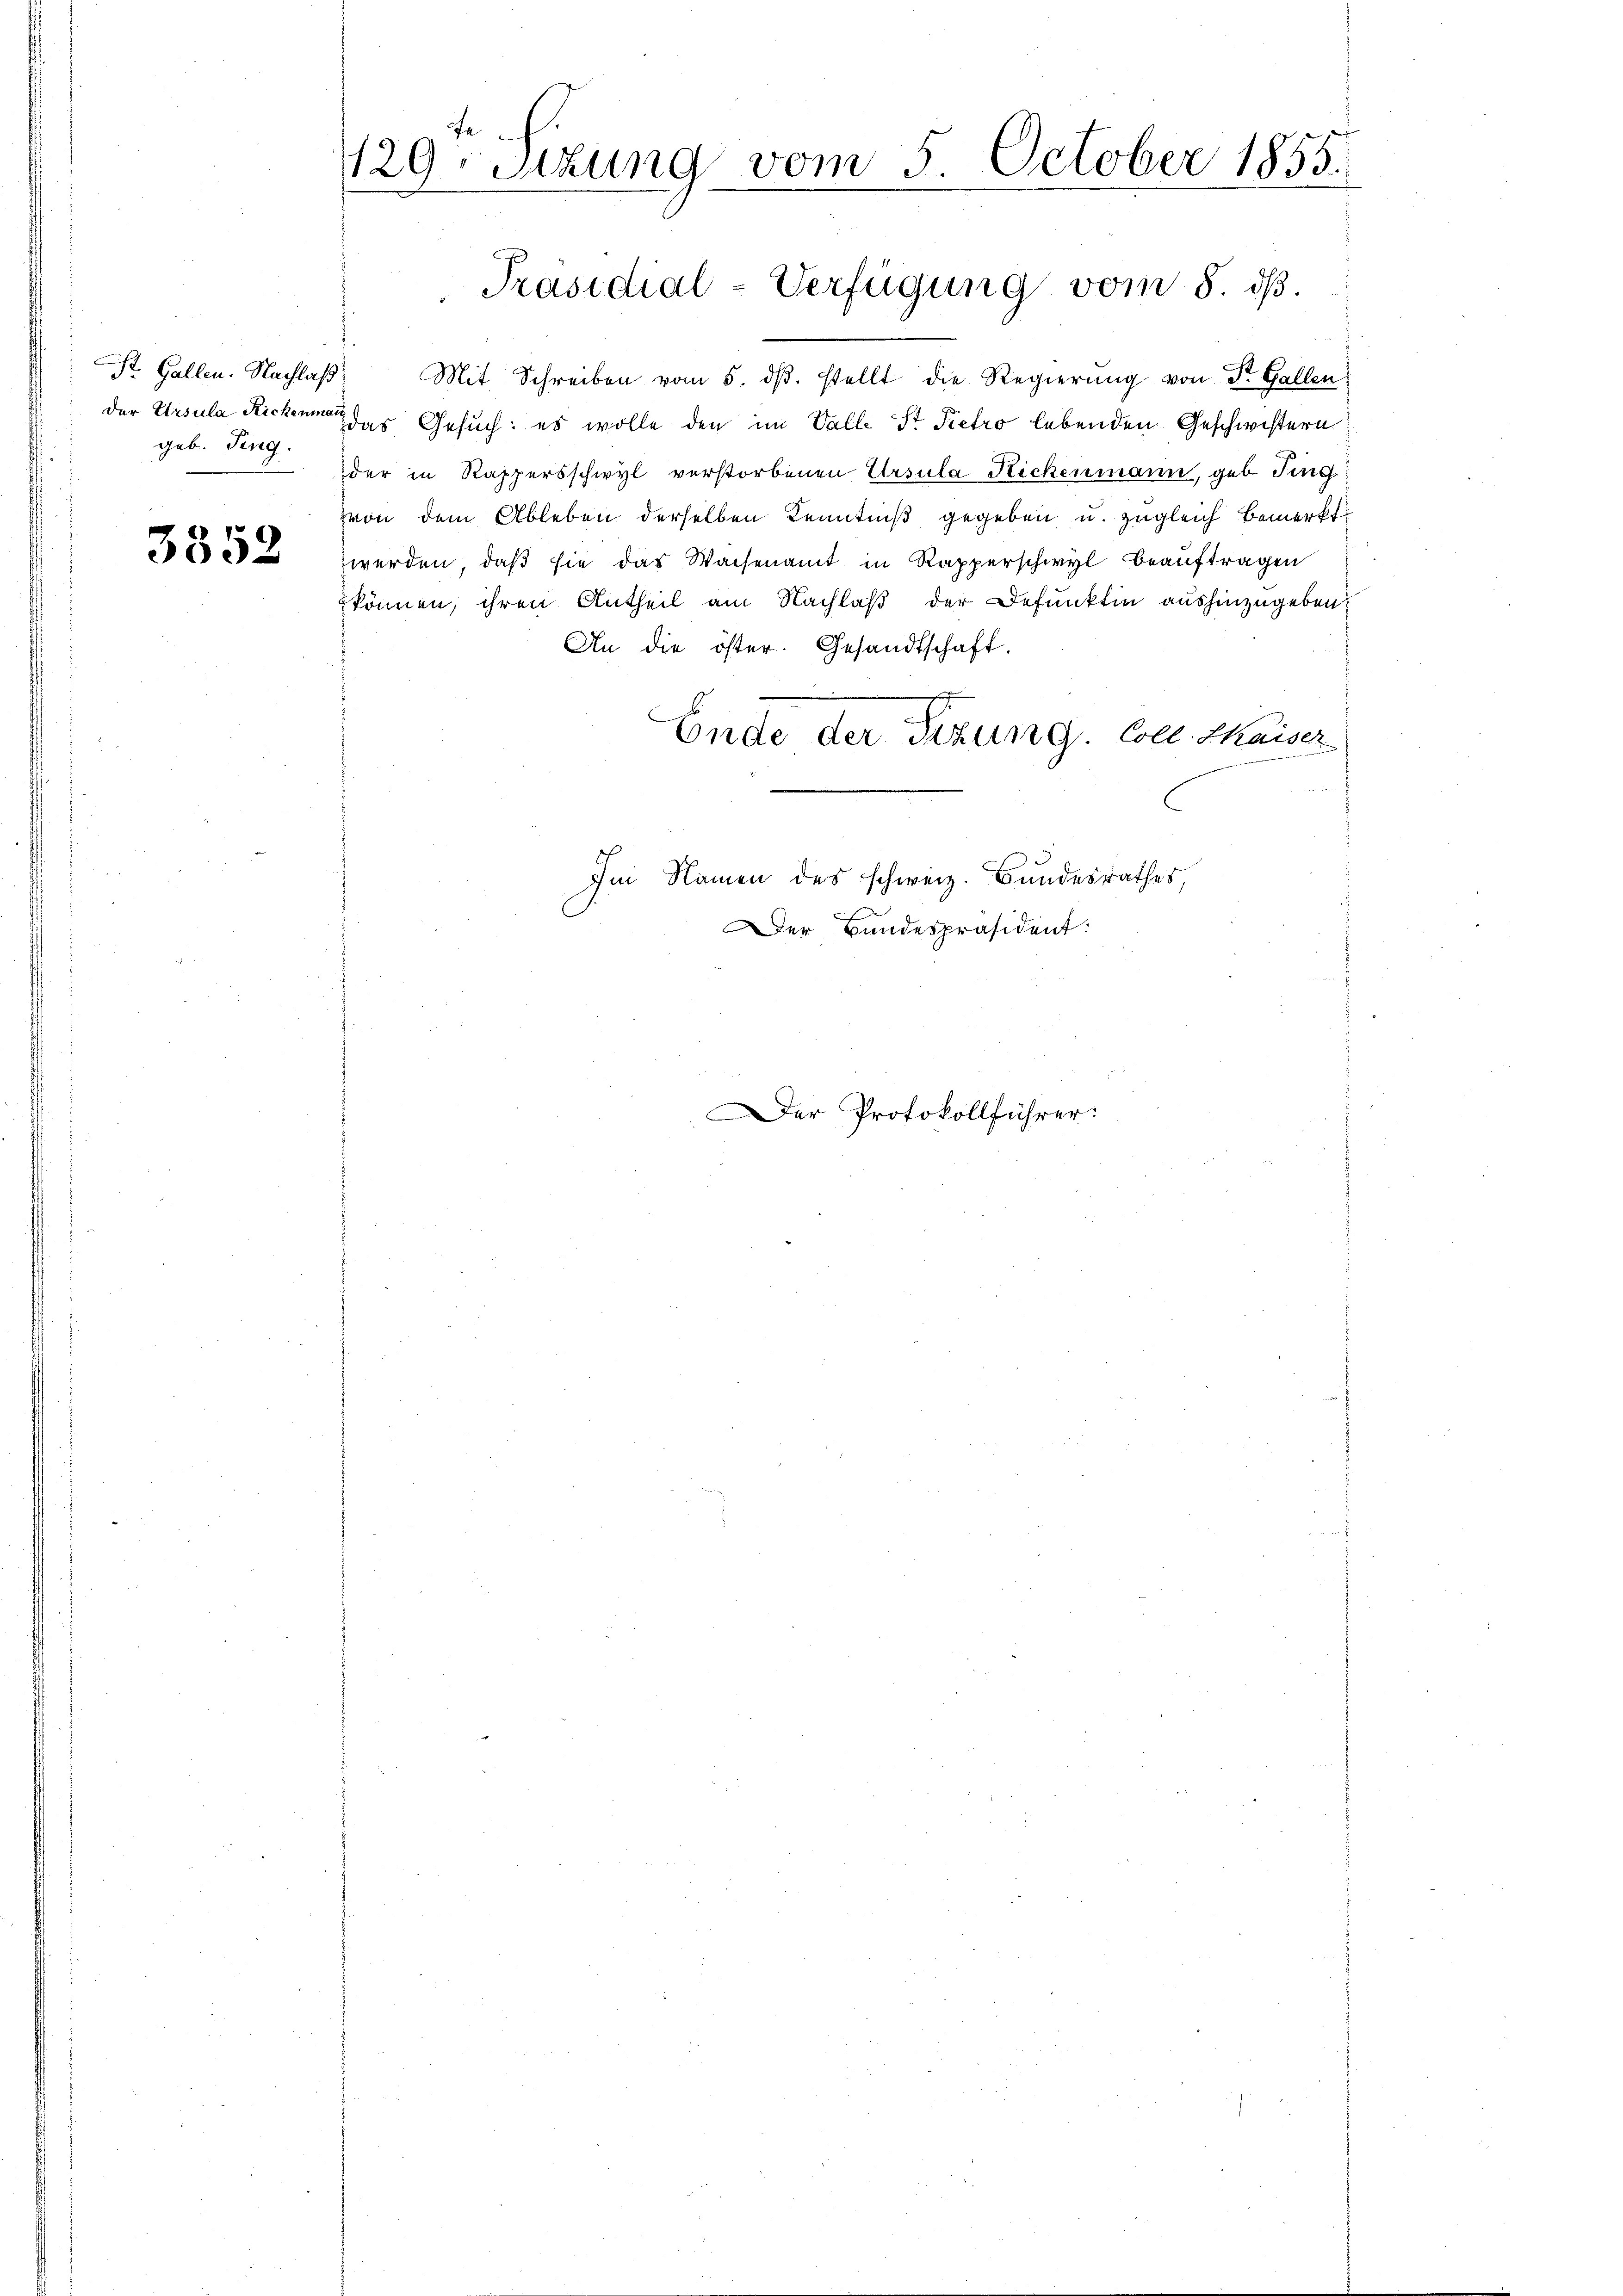
geb. Sing.

3352

129.
Sizung vom 5. October 1855.

St. Gallen. Nachlaβ. Mit Schreiben vom 5. dβ. stellt die Regierŭng von St. Gallen
der Ursula Rickenmann das Gesuch: es wolle den im Salle Sr. Pietro lebenden Geschwistern
der in Rappersschwyl verstorbenen Ursula Rickenmann, geb. Fing
zvon dem Ableben derselben Kenntniß gegeben u. zugleich bemerkt
werden, daß sie das Waisenamt in Rapperschwyl beauftragen
können, ihren Antheil am Nachlaß der Defunktin aushinzugeben.
An die öster. Gesandtschaft.
Ende der Sizung. Coll. Chaiser
Im Namen des schweiz. Bundesrathes,
Der Bundespräsident:

Präsidial-Verfügung vom 8. ds.

er Protokollführer: